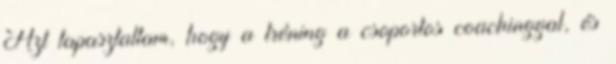
Azt tapasztaltam, hogy a tréning a csoportos coachinggal, és